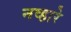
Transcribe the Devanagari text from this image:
नव्हारे